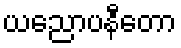
ယညောပနီတော